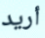
أريد